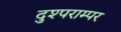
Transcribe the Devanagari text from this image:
दुश्पराम्पर